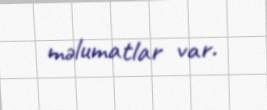
məlumatlar var.